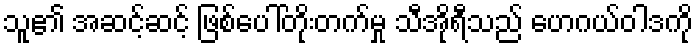
သူ၏ အဆင့်ဆင့် ဖြစ်ပေါ်တိုးတက်မှု သီအိုရီသည် ဟေဂယ်ဝါဒကို